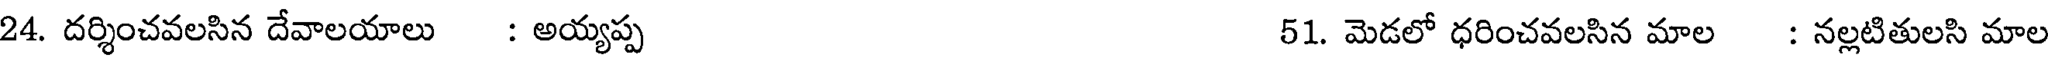
24. దర్శించవలసిన దేవాలయాలు : అయ్యప్ప 51. మెడలో ధరించవలసిన మాల : నల్లటితులసి మాల